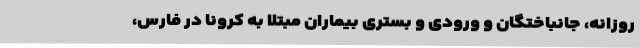
روزانه، جانباختگان و ورودی و بستری بیماران مبتلا به کرونا در فارس،